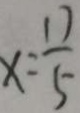
x = \frac { 1 7 } { 5 }